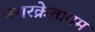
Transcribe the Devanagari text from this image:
नगरक्रेतागम